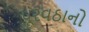
પૂરવઠાનો